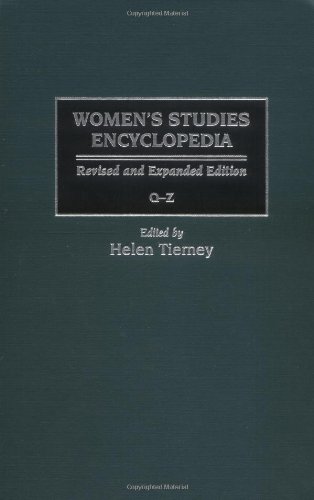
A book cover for Women's Studies Encyclopedia [3 volumes]; Politics & Social Sciences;